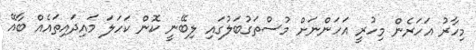
މިހާރު އަހަރެން މިހުރީ އަހަންނަށް މުސްތަގުބަލުގައި ލިބޭނީ ކޮން ކަހަލަ މައިދައިތައެއް ބާއޭ